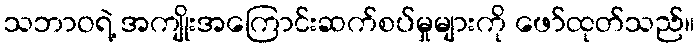
သဘာဝရဲ့ အကျိုးအကြောင်းဆက်စပ်မှုများကို ဖော်ထုတ်သည်။